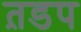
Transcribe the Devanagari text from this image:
त़डप